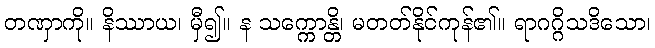
တဏှာကို။ နိဿာယ၊ မှီ၍။ န သက္ကောန္တိ၊ မတတ်နိုင်ကုန်၏။ ရာဂဂ္ဂိသဒိသော၊